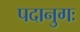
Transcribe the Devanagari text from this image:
पदानुगः